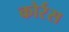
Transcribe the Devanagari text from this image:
कोर्रस